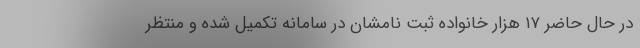
در حال حاضر ۱۷ هزار خانواده ثبت نامشان در سامانه تکمیل شده و منتظر